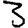
Digit: 3